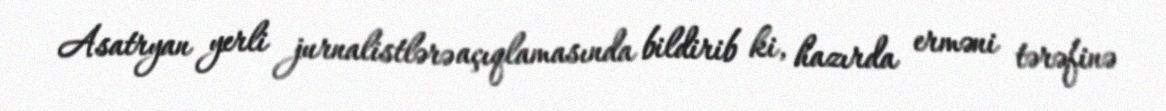
Asatryan yerli jurnalistlərə açıqlamasında bildirib ki, hazırda erməni tərəfinə